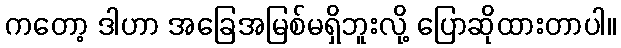
ကတော့ ဒါဟာ အခြေအမြစ်မရှိဘူးလို့ ပြောဆိုထားတာပါ။